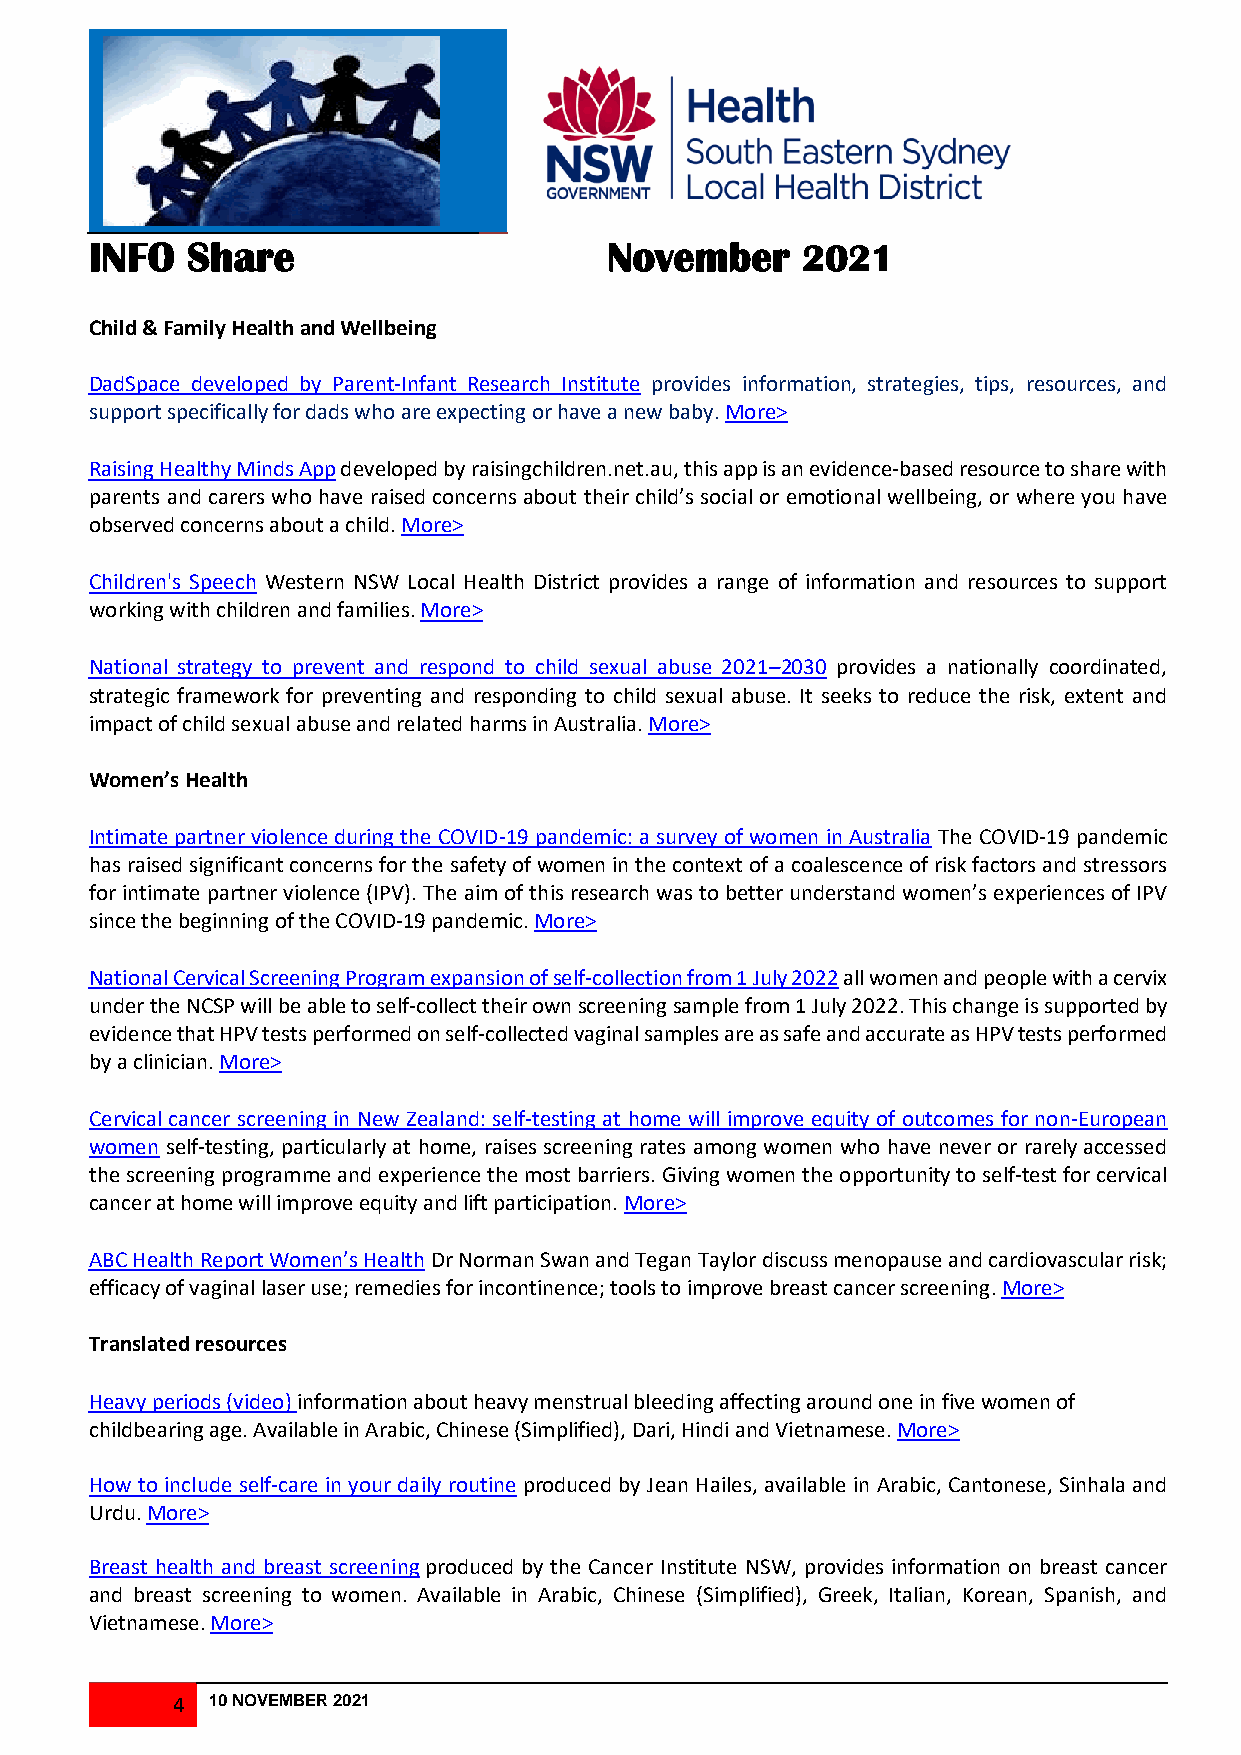
INFO  Share                       November     202124
 J24 J013 242222
 013
 Child & Family Health and Wellbeing
 DadSpace developed by Parent-Infant Research Institute provides information, strategies, tips, resources, and
 support specifically for dads who are expecting or have a new baby. More>
 Raising Healthy Minds App developed by raisingchildren.net.au, this app is an evidence-based resource to share with
 parents and carers who have raised concerns about their child’s social or emotional wellbeing, or where you have
 observed concerns about a child. More>
 Children's Speech Western NSW Local Health District provides a range of information and resources to support
 working with children and families. More>
 National strategy to prevent and respond to child sexual abuse 2021–2030 provides a nationally coordinated,
 strategic framework for preventing and responding to child sexual abuse. It seeks to reduce the risk, extent and
 impact of child sexual abuse and related harms in Australia. More>
 Women’s Health
 Intimate partner violence during the COVID-19 pandemic: a survey of women in Australia The COVID-19 pandemic
 has raised significant concerns for the safety of women in the context of a coalescence of risk factors and stressors
 for intimate partner violence (IPV). The aim of this research was to better understand women’s experiences of IPV
 since the beginning of the COVID-19 pandemic. More>
 National Cervical Screening Program expansion of self-collection from 1 July 2022 all women and people with a cervix
 under the NCSP will be able to self-collect their own screening sample from 1 July 2022. This change is supported by
 evidence that HPV tests performed on self-collected vaginal samples are as safe and accurate as HPV tests performed
 by a clinician. More>
 Cervical cancer screening in New Zealand: self-testing at home will improve equity of outcomes for non-European
 women self-testing, particularly at home, raises screening rates among women who have never or rarely accessed
 the screening programme and experience the most barriers. Giving women the opportunity to self-test for cervical
 cancer at home will improve equity and lift participation. More>
 ABC Health Report Women’s Health Dr Norman Swan and Tegan Taylor discuss menopause and cardiovascular risk;
 efficacy of vaginal laser use; remedies for incontinence; tools to improve breast cancer screening. More>
 Translated resources
 Heavy periods (video) information about heavy menstrual bleeding affecting around one in five women of
 childbearing age. Available in Arabic, Chinese (Simplified), Dari, Hindi and Vietnamese. More>
 How to include self-care in your daily routine produced by Jean Hailes, available in Arabic, Cantonese, Sinhala and
 Urdu. More>
 Breast health and breast screening produced by the Cancer Institute NSW, provides information on breast cancer
 and breast screening to women. Available in Arabic, Chinese (Simplified), Greek, Italian, Korean, Spanish, and
 Vietnamese. More>
 4  10 NOVEMBER 2021